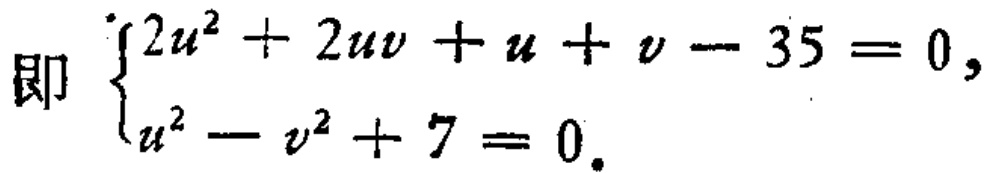
即 $\begin{cases}2u^{2}+2uv + u + v - 35 = 0,\\u^{2}-v^{2}+7 = 0.\end{cases}$